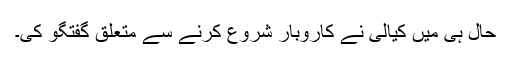
حال ہی میں کیالی نے کاروبار شروع کرنے سے متعلق گفتگو کی۔